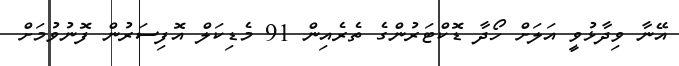
އޭނާ ވިދާޅުވީ އަލަށް ހޯދާ ޑޮކްޓަރުންގެ ތެރެއިން 91 މެޑިކަލް އޮފިސަރުން ފޮނުވުމަށް